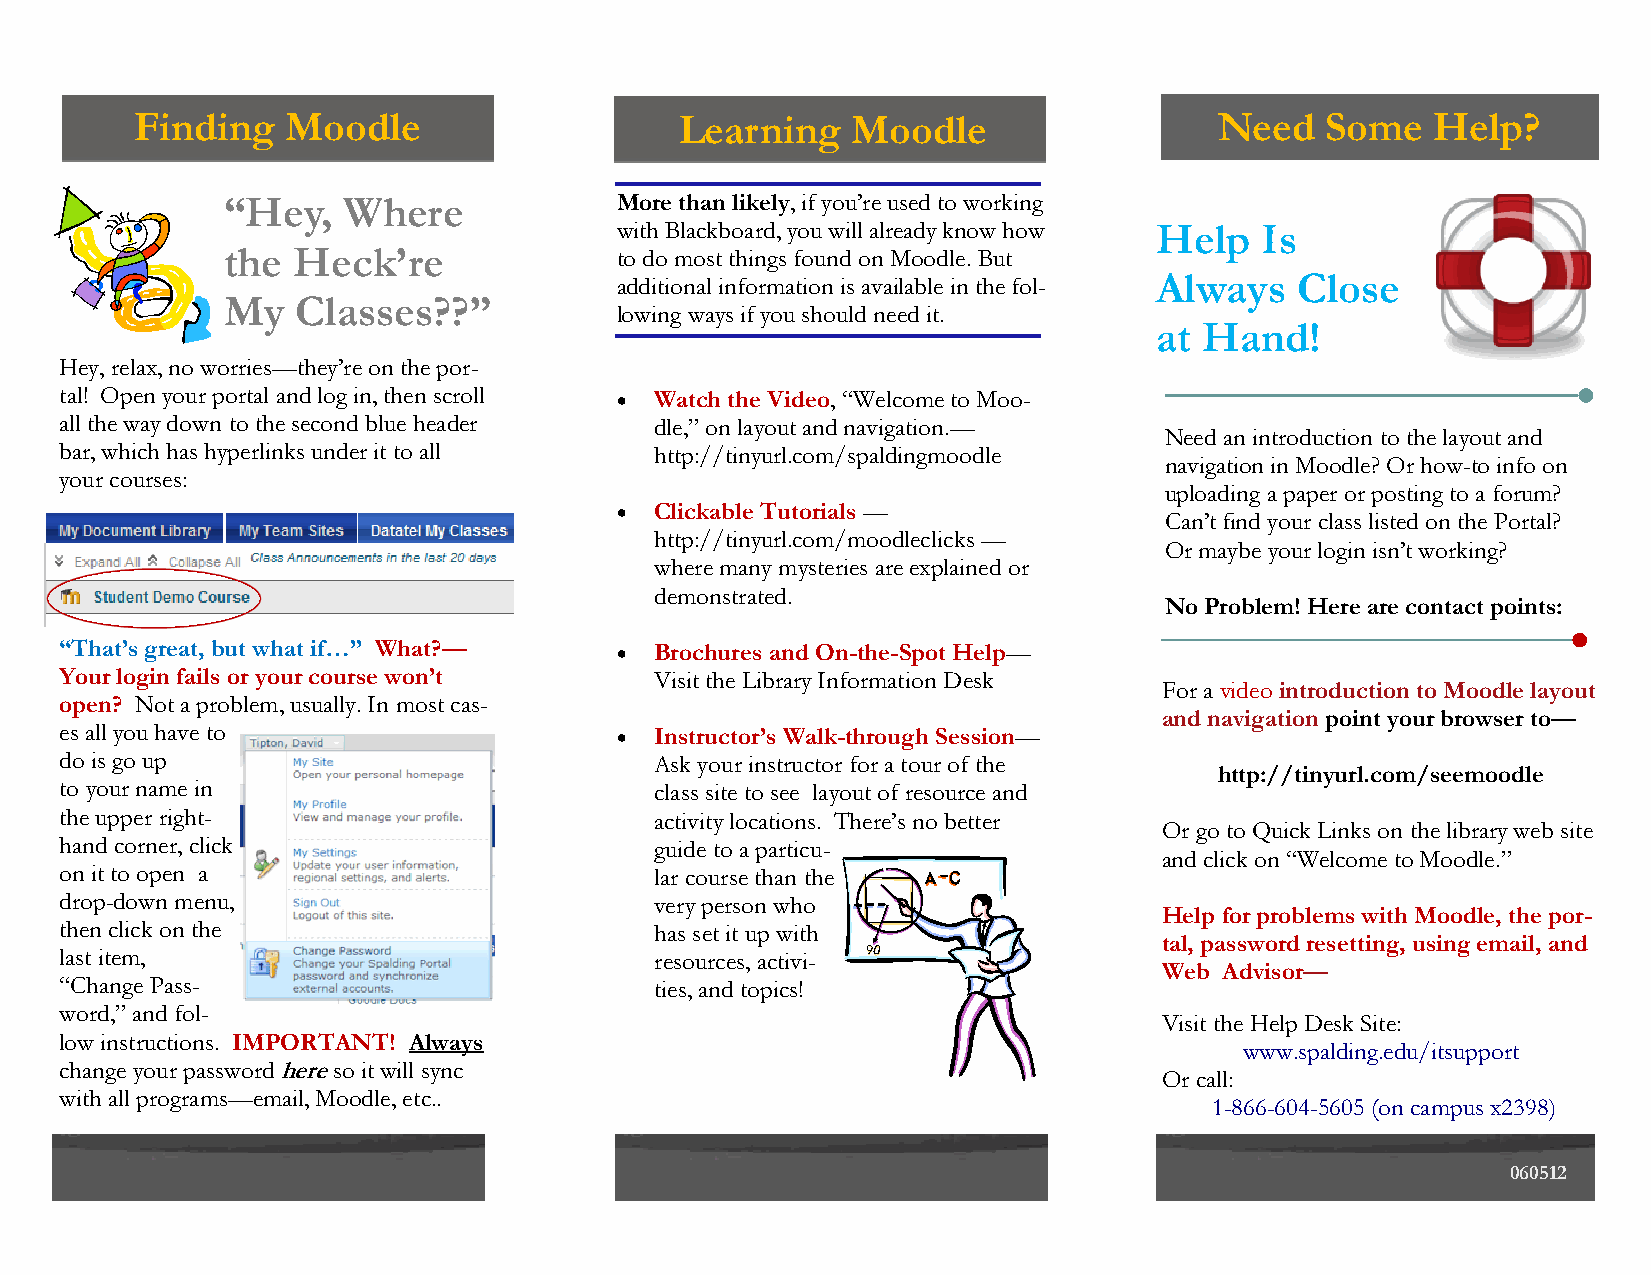
Finding   Moodle                    Learning   Moodle                   Need   Some   Help?
 “Hey,   Where             More than likely, if you’re used to working
 with Blackboard, you will already know how Help Is
 the Heck’re               to do most things found on Moodle. But
 additional information is available in the fol- Always Close
 My   Classes??”
 lowing ways if you should need it.
 at Hand!
 Hey, relax, no worries—they’re on the por-
 tal! Open your portal and log in, then scroll  Watch the Video, “Welcome to Moo-
 all the way down to the second blue header dle,” on layout and navigation.—
 Need an introduction to the layout and
 bar, which has hyperlinks under it to all http://tinyurl.com/spaldingmoodle
 navigation in Moodle? Or how-to info on
 your courses:
 uploading a paper or posting to a forum?
  Clickable Tutorials —
 Can’t find your class listed on the Portal?
 http://tinyurl.com/moodleclicks —
 Or maybe your login isn’t working?
 where many mysteries are explained or
 demonstrated.
 No Problem! Here are contact points:
 “That’s great, but what if…” What?—   Brochures and On-the-Spot Help—
 Your login fails or your course won’t  Visit the Library Information Desk
 For a video introduction to Moodle layout
 open? Not a problem, usually. In most cas-
 and navigation point your browser to—
 es all you have to                    Instructor’s Walk-through Session—
 do is go up                            Ask your instructor for a tour of the
 http://tinyurl.com/seemoodle
 to your name in                        class site to see layout of resource and
 the upper right-                       activity locations. There’s no better
 Or go to Quick Links on the library web site
 hand corner, click                     guide to a particu-
 and click on “Welcome to Moodle.”
 on it to open a                        lar course than the
 drop-down menu,                        very person who
 Help for problems with Moodle, the por-
 then click on the                      has set it up with
 tal, password resetting, using email, and
 last item,                             resources, activi-
 Web Advisor—
 “Change Pass-                          ties, and topics!
 word,” and fol-
 Visit the Help Desk Site:
 low instructions. IMPORTANT! Always
 www.spalding.edu/itsupport
 change your password here so it will sync
 Or call:
 with all programs—email, Moodle, etc..
 1-866-604-5605 (on campus x2398)
 060512